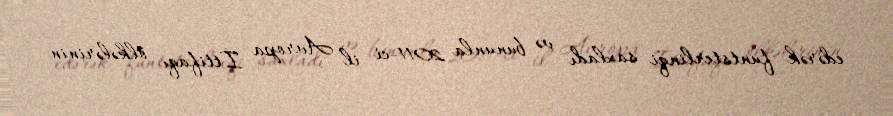
edərək funtsterlinqi saxladı və bununla 2011-ci il Avropa İttifaqı ölkələrinin